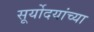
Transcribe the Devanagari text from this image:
सूर्योदयांच्या